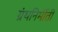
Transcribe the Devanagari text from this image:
ग्रंथनिर्मीती